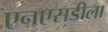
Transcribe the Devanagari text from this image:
एनएसडीला